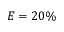
E = 2 0 \%